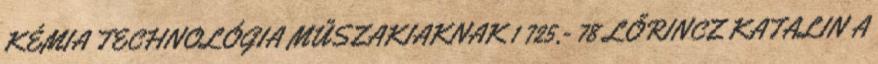
KÉMIA TECHNOLÓGIA MŰSZAKIAKNAK 1 725,- 78 LŐRINCZ KATALIN A